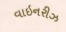
વાઇનરીઝ